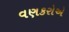
વણકરોએ